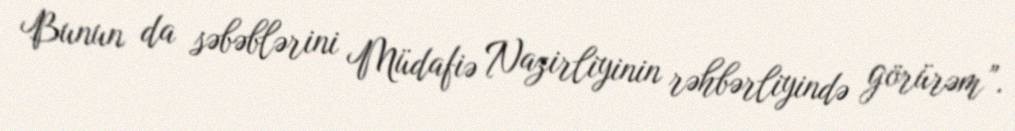
Bunun da səbəblərini Müdafiə Nazirliyinin rəhbərliyində görürəm”.